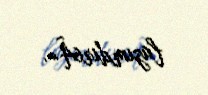
lazımdırÂ».